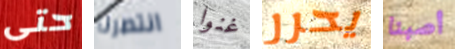
حتى انتصرنا غنوا يحرر أصبنا